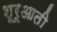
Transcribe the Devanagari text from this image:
शूरूआती